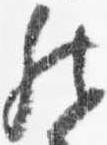
然